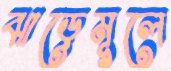
ঝাড়েমূলে